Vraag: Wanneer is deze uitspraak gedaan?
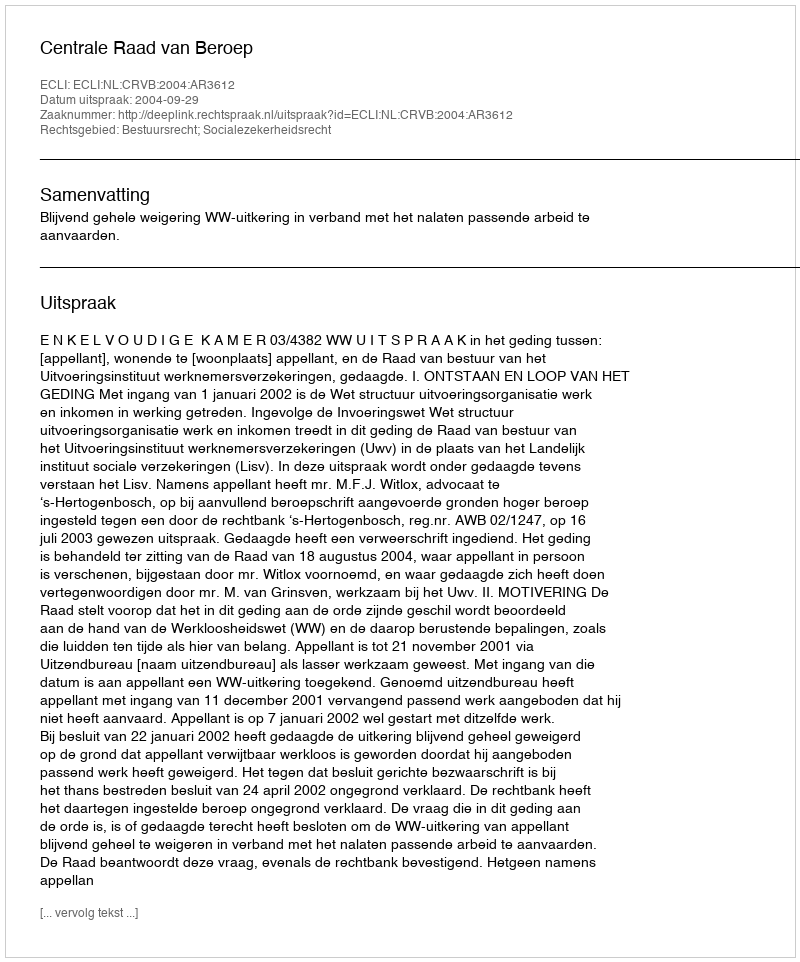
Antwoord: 2004-09-29